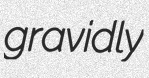
gravidly